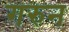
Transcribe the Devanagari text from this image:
गरुन